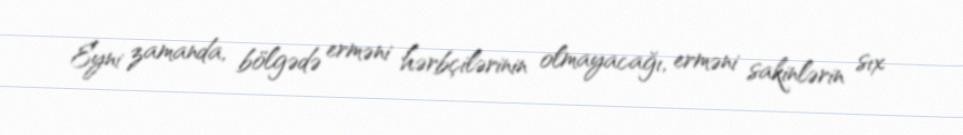
Eyni zamanda, bölgədə erməni hərbçilərinin olmayacağı, erməni sakinlərin sıx